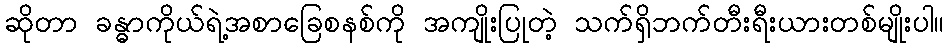
ဆိုတာ ခန္ဓာကိုယ်ရဲ့အစာခြေစနစ်ကို အကျိုးပြုတဲ့ သက်ရှိဘက်တီးရီးယားတစ်မျိုးပါ။